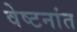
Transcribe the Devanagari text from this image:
वेष्टनांत